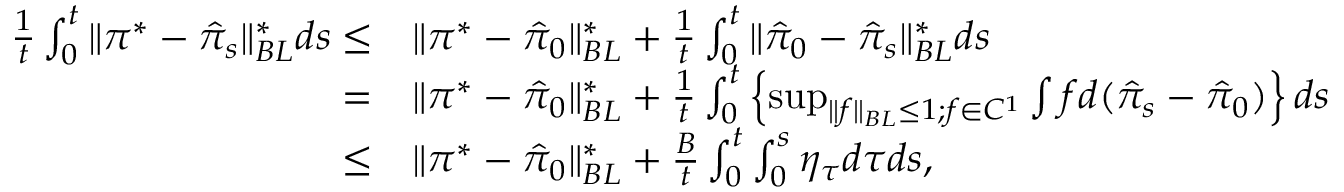
\begin{array} { r l } { \frac { 1 } { t } \int _ { 0 } ^ { t } \| \pi ^ { * } - \hat { \pi } _ { s } \| _ { B L } ^ { * } d s \leq } & { \| \pi ^ { * } - \hat { \pi } _ { 0 } \| _ { B L } ^ { * } + \frac { 1 } { t } \int _ { 0 } ^ { t } \| \hat { \pi } _ { 0 } - \hat { \pi } _ { s } \| _ { B L } ^ { * } d s } \\ { = } & { \| \pi ^ { * } - \hat { \pi } _ { 0 } \| _ { B L } ^ { * } + \frac 1 t \int _ { 0 } ^ { t } \left\{ \operatorname* { s u p } _ { \| f \| _ { B L } \leq 1 ; f \in C ^ { 1 } } \int f d ( \hat { \pi } _ { s } - \hat { \pi } _ { 0 } ) \right\} d s } \\ { \leq } & { \| \pi ^ { * } - \hat { \pi } _ { 0 } \| _ { B L } ^ { * } + \frac { B } { t } \int _ { 0 } ^ { t } \int _ { 0 } ^ { s } \eta _ { \tau } d \tau d s , } \end{array}